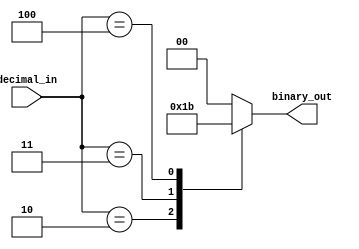
module priority_encoder (
    input [3:0] decimal_in,
    output reg [1:0] binary_out
);

always @(*) begin
    case(decimal_in)
        4'b0001: binary_out = 2'b00; // Decimal input 1
        4'b0010: binary_out = 2'b01; // Decimal input 2
        4'b0011: binary_out = 2'b10; // Decimal input 3
        4'b0100: binary_out = 2'b11; // Decimal input 4
        // Add more cases for additional decimal inputs
        
        default: binary_out = 2'b00; // Default output if no inputs are active
    endcase
end

endmodule